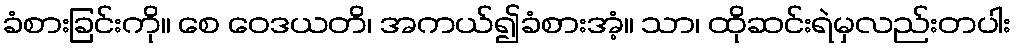
ခံစားခြင်းကို။ စေ ဝေဒယတိ၊ အကယ်၍ခံစားအံ့။ သာ၊ ထိုဆင်းရဲမှလည်းတပါး